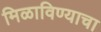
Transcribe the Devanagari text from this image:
मिळाविण्याचा